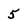
Character: 5